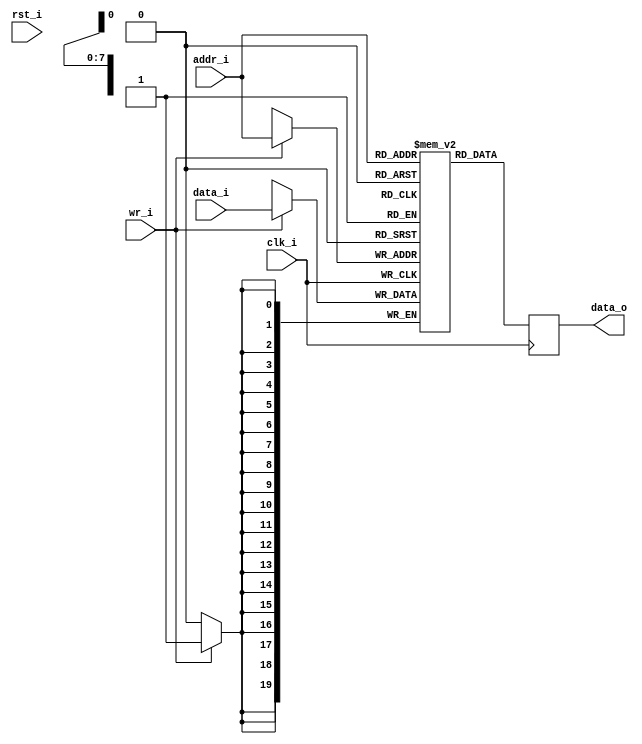
module icache_tag_ram
(
    // Inputs
     input           clk_i
    ,input           rst_i
    ,input  [  7:0]  addr_i
    ,input  [ 19:0]  data_i
    ,input           wr_i

    // Outputs
    ,output [ 19:0]  data_o
);




//-----------------------------------------------------------------
// Single Port RAM 0KB
// Mode: Read First
//-----------------------------------------------------------------
reg [19:0]   ram [255:0] /*verilator public*/;
reg [19:0]   ram_read_q;

// Synchronous write
always @ (posedge clk_i)
begin
    if (wr_i)
        ram[addr_i] <= data_i;
    ram_read_q <= ram[addr_i];
end

assign data_o = ram_read_q;



endmodule